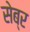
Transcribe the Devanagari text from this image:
सेब्र